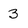
Character: 3